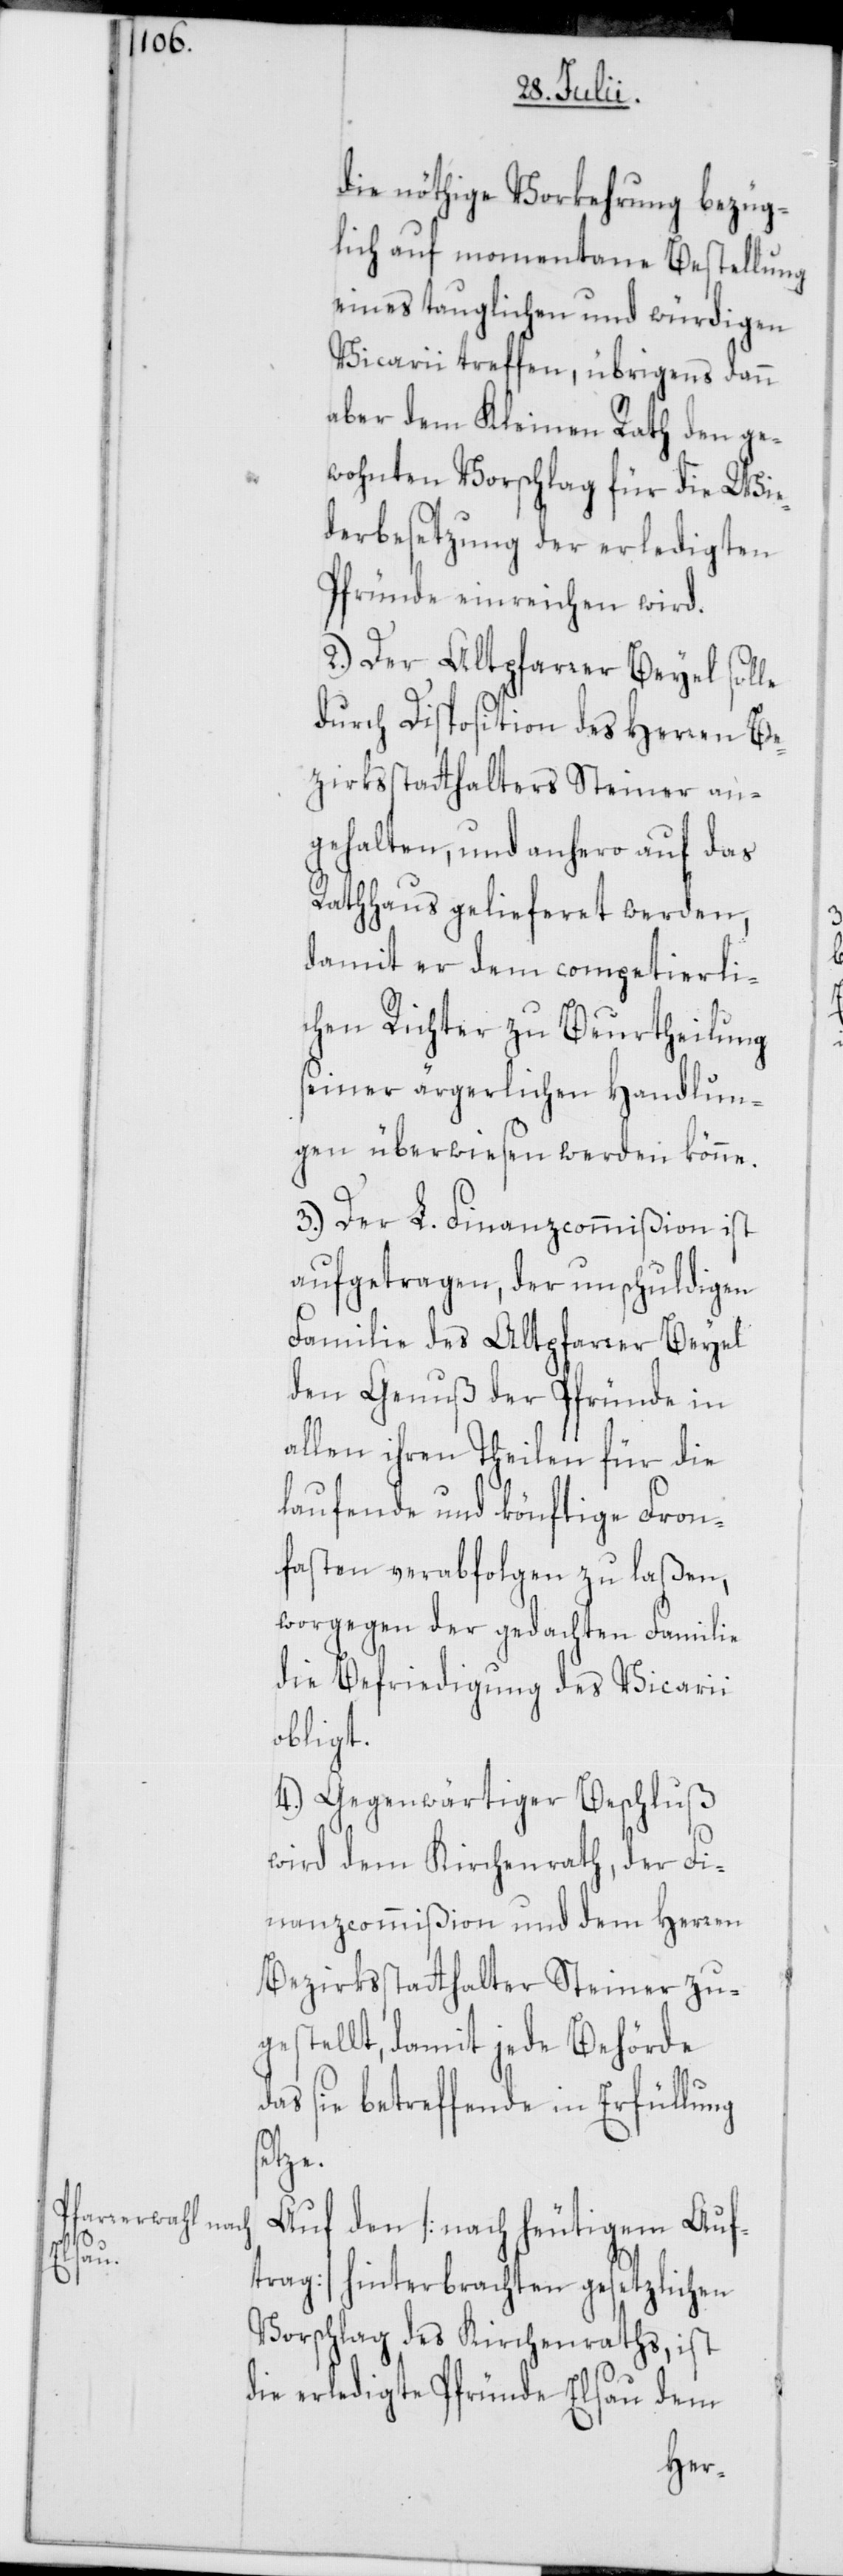
die nöthige Vorkehrung bezüg¬
lich auf momentane Bestellung
eines tauglichen und würdigen
Vicarii treffen, übrigens dann
aber dem Kleinen Rath den ge¬
wohnten Vorschlag für die Wie¬
derbesetzung der erledigten
Pfründe einreichen wird.
2.) Der Altpfarrer Beyel solle
durch Disposition des Herren Be¬
zirksstatthalters Steiner an¬
gehalten, und anhero auf das
Rathhaus gelieferet werden,
damit er dem competierli¬
chen Richter zu Beurtheilung
seiner ärgerlichen Handlun¬
gen überwiesen werden könne.
3.) Der L. Finanzcommißion ist
aufgetragen, der unschuldigen
Familie des Altpfarrer Beyel
den Genuß der Pfründe in
allen ihren Theilen für die
laufende und könftige Fron¬
fasten verabfolgen zu laßen,
worgegen der gedachten Familie
die Befriedigung des Vicarii
obligt.
4.) Gegenwärtiger Beschluß
wird dem Kirchenrath, der Fi¬
nanzcommißion und dem Herren
Bezirksstatthalter Steiner zu¬
gestellt, damit jede Behörde
das sie betreffende in Erfüllung
tze.
Auf den [nach heutigem Auf¬
trag] hinterbrachten gesetzlichen
Vorschlag des Kirchenraths, ist
die erledigte Pfründe Elsau dem